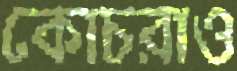
কোচরাও